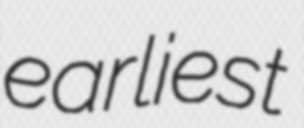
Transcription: earliest